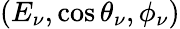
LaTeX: (E_{\nu},\cos\theta_{\nu},\phi_{\nu})